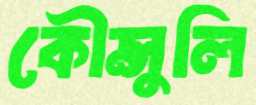
কৌন্সুলি